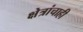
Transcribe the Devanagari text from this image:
क्षेत्रांचाही